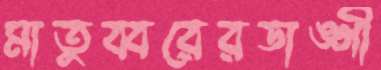
মাতুব্বরেরডাঙ্গী